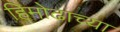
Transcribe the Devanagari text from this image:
हिमोढाच्या